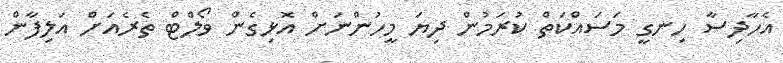
އެހާދިސާ ހިނގީ މަސައްކަތް ކުރަމުން ދިޔަ މީހުންނަށް އޮޅިގެން ވޯލްޓް ތެރެއަށް އަލިފާން